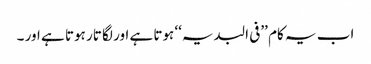
اب یہ کام ’’فی البدیہ‘‘ ہوتا ہے اور لگا تار ہوتا ہے اور ۔